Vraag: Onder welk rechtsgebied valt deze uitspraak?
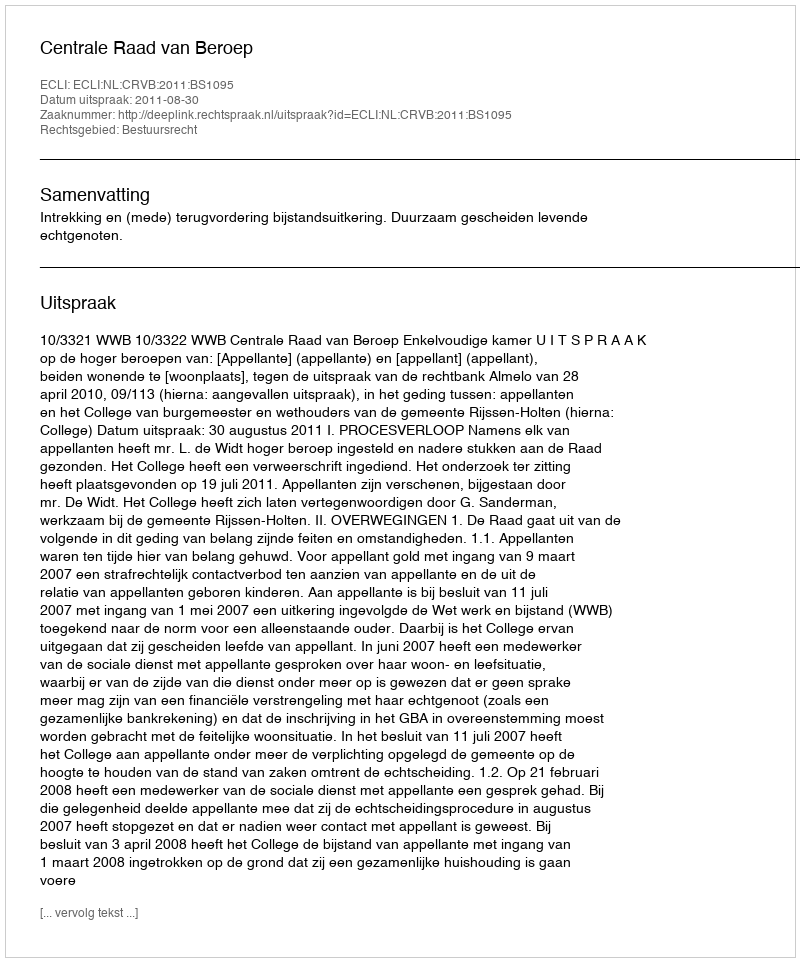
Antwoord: Bestuursrecht